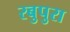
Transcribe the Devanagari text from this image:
रबुपुरा